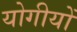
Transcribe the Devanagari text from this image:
योगीयों